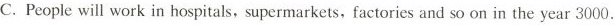
C.People will work in hospitals, supermarkets, factories and so on in the year 3000.